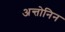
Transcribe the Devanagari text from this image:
अन्तोनिन